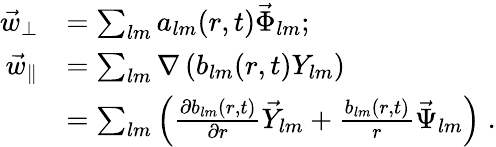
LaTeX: \begin{array}{rl}{\vec{w}_{\perp}}&{=\sum_{lm}a_{lm}(r,t)\vec{\Phi}_{lm};}\\ {\vec{w}_{\parallel}}&{=\sum_{lm}\nabla\left(b_{lm}(r,t)Y_{lm}\right)}\\ &{=\sum_{lm}\left(\frac{\partial b_{lm}(r,t)}{\partial r}\vec{Y}_{lm}+\frac{b_{lm}(r,t)}{r}\vec{\Psi}_{lm}\right)\; .}\end{array}